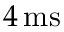
4 \, \mathrm { m s }